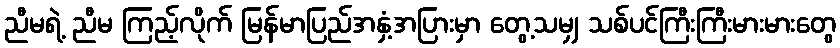
ညီမရဲ့ ညီမ ကြည့်လိုက် မြန်မာပြည်အနှံ့အပြားမှာ တွေ့သမျှ သစ်ပင်ကြီးကြီးမားမားတွေ